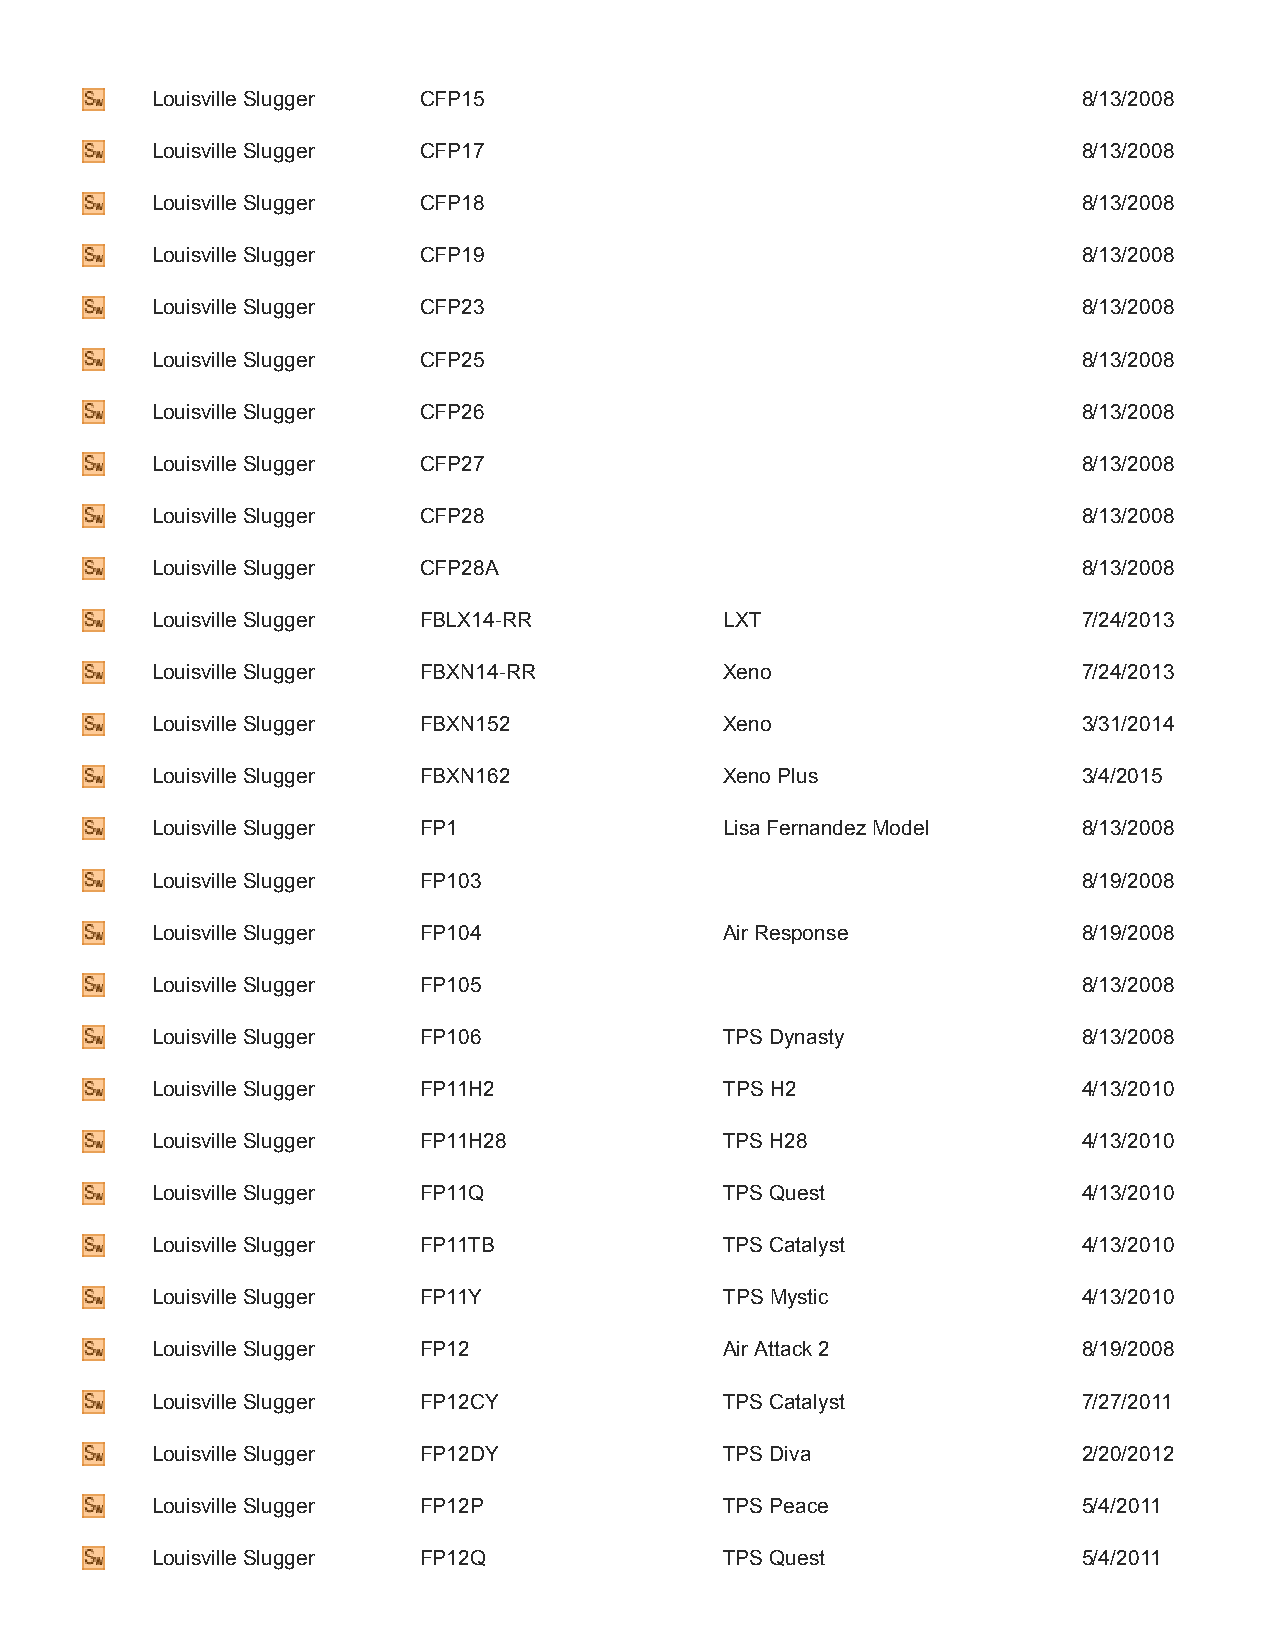
Louisville Slugger CFP15                                      8/13/2008
 Louisville Slugger CFP17                                      8/13/2008
 Louisville Slugger CFP18                                      8/13/2008
 Louisville Slugger CFP19                                      8/13/2008
 Louisville Slugger CFP23                                      8/13/2008
 Louisville Slugger CFP25                                      8/13/2008
 Louisville Slugger CFP26                                      8/13/2008
 Louisville Slugger CFP27                                      8/13/2008
 Louisville Slugger CFP28                                      8/13/2008
 Louisville Slugger CFP28A                                     8/13/2008
 Louisville Slugger FBLX14­RR          LXT                     7/24/2013
 Louisville Slugger FBXN14­RR          Xeno                    7/24/2013
 Louisville Slugger FBXN152            Xeno                    3/31/2014
 Louisville Slugger FBXN162            Xeno Plus               3/4/2015
 Louisville Slugger FP1                Lisa Fernandez Model    8/13/2008
 Louisville Slugger FP103                                      8/19/2008
 Louisville Slugger FP104              Air Response            8/19/2008
 Louisville Slugger FP105                                      8/13/2008
 Louisville Slugger FP106              TPS Dynasty             8/13/2008
 Louisville Slugger FP11H2             TPS H2                  4/13/2010
 Louisville Slugger FP11H28            TPS H28                 4/13/2010
 Louisville Slugger FP11Q              TPS Quest               4/13/2010
 Louisville Slugger FP11TB             TPS Catalyst            4/13/2010
 Louisville Slugger FP11Y              TPS Mystic              4/13/2010
 Louisville Slugger FP12               Air Attack 2            8/19/2008
 Louisville Slugger FP12CY             TPS Catalyst            7/27/2011
 Louisville Slugger FP12DY             TPS Diva                2/20/2012
 Louisville Slugger FP12P              TPS Peace               5/4/2011
 Louisville Slugger FP12Q              TPS Quest               5/4/2011